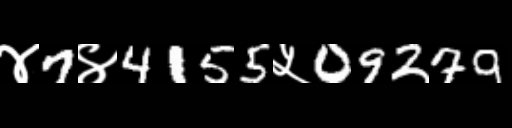
Text: ४7४4155५09279